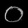
Digit: ၀